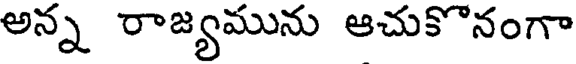
అన్న రాజ్యమును ఆచుకొనంగా